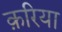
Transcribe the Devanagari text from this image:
क़रिया